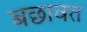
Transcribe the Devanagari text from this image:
बछावत